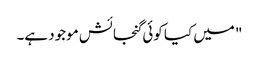
" میں کیا کوئی گنجائش موجود ہے۔